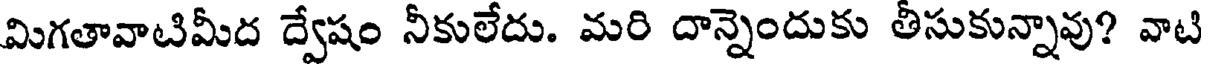
మిగతావాటిమీద ద్వేషం నీకులేదు. మరి దాన్నెందుకు తీసుకున్నావు? వాటి